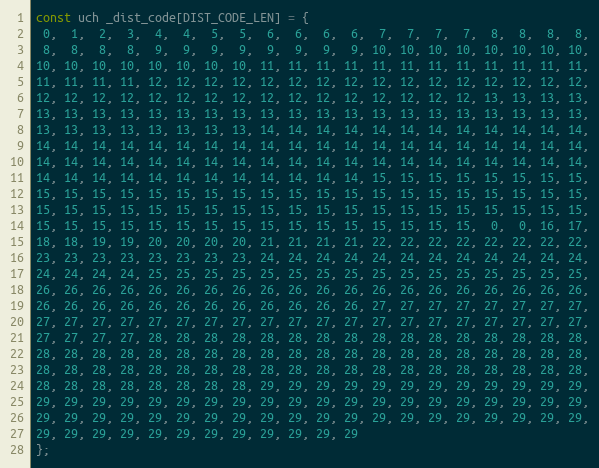
Language: C
const uch _dist_code[DIST_CODE_LEN] = {
 0,  1,  2,  3,  4,  4,  5,  5,  6,  6,  6,  6,  7,  7,  7,  7,  8,  8,  8,  8,
 8,  8,  8,  8,  9,  9,  9,  9,  9,  9,  9,  9, 10, 10, 10, 10, 10, 10, 10, 10,
10, 10, 10, 10, 10, 10, 10, 10, 11, 11, 11, 11, 11, 11, 11, 11, 11, 11, 11, 11,
11, 11, 11, 11, 12, 12, 12, 12, 12, 12, 12, 12, 12, 12, 12, 12, 12, 12, 12, 12,
12, 12, 12, 12, 12, 12, 12, 12, 12, 12, 12, 12, 12, 12, 12, 12, 13, 13, 13, 13,
13, 13, 13, 13, 13, 13, 13, 13, 13, 13, 13, 13, 13, 13, 13, 13, 13, 13, 13, 13,
13, 13, 13, 13, 13, 13, 13, 13, 14, 14, 14, 14, 14, 14, 14, 14, 14, 14, 14, 14,
14, 14, 14, 14, 14, 14, 14, 14, 14, 14, 14, 14, 14, 14, 14, 14, 14, 14, 14, 14,
14, 14, 14, 14, 14, 14, 14, 14, 14, 14, 14, 14, 14, 14, 14, 14, 14, 14, 14, 14,
14, 14, 14, 14, 14, 14, 14, 14, 14, 14, 14, 14, 15, 15, 15, 15, 15, 15, 15, 15,
15, 15, 15, 15, 15, 15, 15, 15, 15, 15, 15, 15, 15, 15, 15, 15, 15, 15, 15, 15,
15, 15, 15, 15, 15, 15, 15, 15, 15, 15, 15, 15, 15, 15, 15, 15, 15, 15, 15, 15,
15, 15, 15, 15, 15, 15, 15, 15, 15, 15, 15, 15, 15, 15, 15, 15,  0,  0, 16, 17,
18, 18, 19, 19, 20, 20, 20, 20, 21, 21, 21, 21, 22, 22, 22, 22, 22, 22, 22, 22,
23, 23, 23, 23, 23, 23, 23, 23, 24, 24, 24, 24, 24, 24, 24, 24, 24, 24, 24, 24,
24, 24, 24, 24, 25, 25, 25, 25, 25, 25, 25, 25, 25, 25, 25, 25, 25, 25, 25, 25,
26, 26, 26, 26, 26, 26, 26, 26, 26, 26, 26, 26, 26, 26, 26, 26, 26, 26, 26, 26,
26, 26, 26, 26, 26, 26, 26, 26, 26, 26, 26, 26, 27, 27, 27, 27, 27, 27, 27, 27,
27, 27, 27, 27, 27, 27, 27, 27, 27, 27, 27, 27, 27, 27, 27, 27, 27, 27, 27, 27,
27, 27, 27, 27, 28, 28, 28, 28, 28, 28, 28, 28, 28, 28, 28, 28, 28, 28, 28, 28,
28, 28, 28, 28, 28, 28, 28, 28, 28, 28, 28, 28, 28, 28, 28, 28, 28, 28, 28, 28,
28, 28, 28, 28, 28, 28, 28, 28, 28, 28, 28, 28, 28, 28, 28, 28, 28, 28, 28, 28,
28, 28, 28, 28, 28, 28, 28, 28, 29, 29, 29, 29, 29, 29, 29, 29, 29, 29, 29, 29,
29, 29, 29, 29, 29, 29, 29, 29, 29, 29, 29, 29, 29, 29, 29, 29, 29, 29, 29, 29,
29, 29, 29, 29, 29, 29, 29, 29, 29, 29, 29, 29, 29, 29, 29, 29, 29, 29, 29, 29,
29, 29, 29, 29, 29, 29, 29, 29, 29, 29, 29, 29
};